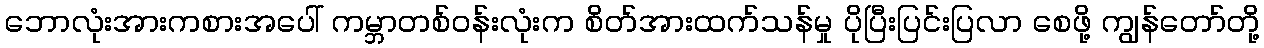
ဘောလုံးအားကစားအပေါ် ကမ္ဘာတစ်ဝန်းလုံးက စိတ်အားထက်သန်မှု ပိုပြီးပြင်းပြလာ စေဖို့ ကျွန်တော်တို့